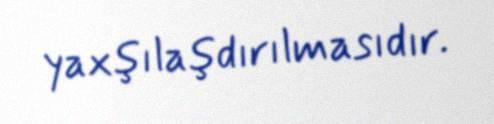
yaxşılaşdırılmasıdır.